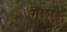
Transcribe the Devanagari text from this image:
गेला॥